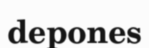
depones